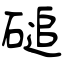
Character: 磓